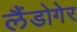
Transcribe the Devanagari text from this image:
लैंडोगेर